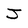
Character: J